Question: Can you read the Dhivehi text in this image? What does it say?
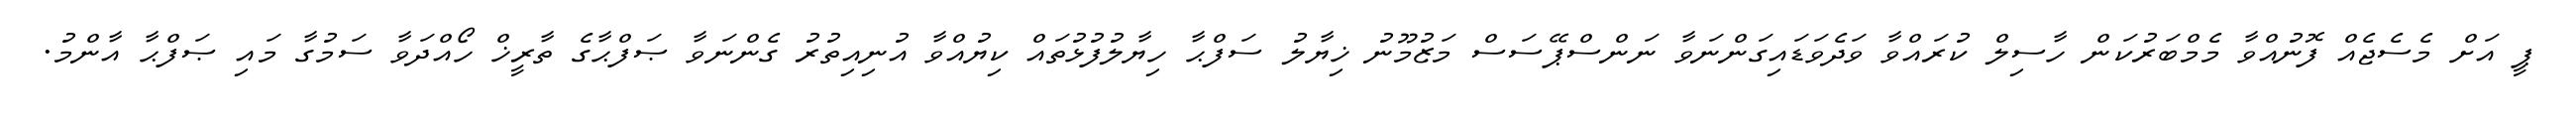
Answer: ޕީ އަށް މެސެޖެއް ފޮނުއްވާ މެމްބަރުކަން ހާސިލް ކުރައްވާ ވަދެވަޑައިގަންނަވާ ނަންސްޕޭސަސް މަޒުމޫނު ޚިޔާލު ސަފްޙާ ހިޔާލުފުޅުތައް ކިޔުއްވާ އުނިއިތުރު ގެންނަވާ ޞަފްޙާގެ ތާރީޚް ހޯއްދަވާ ސަމުގާ މައި ޞަފްޙާ އާންމު.